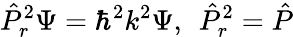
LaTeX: \hat{P}_{r}^{2}\Psi=\hbar^{2}k^{2}\Psi,\; \, \hat{P}_{r}^{2}=\hat{P}